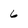
Character: 6